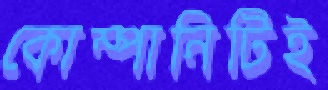
কোম্পানিটিই